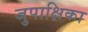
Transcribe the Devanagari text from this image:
जुपाक्षिका